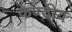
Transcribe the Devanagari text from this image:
केण्द्रीय